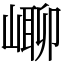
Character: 㟹